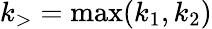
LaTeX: k_{>}=\operatorname*{max}(k_{1},k_{2})